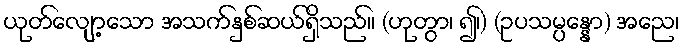
ယုတ်လျော့သော အသက်နှစ်ဆယ်ရှိသည်။ (ဟုတွာ၊ ၍၊) (ဥပသမ္ပန္နော) အညေ၊